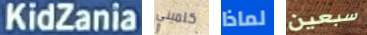
KidZania كلميني لماذا سبعين